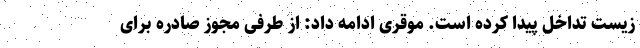
زیست تداخل پیدا کرده است. موقری ادامه داد: از طرفی مجوز صادره برای